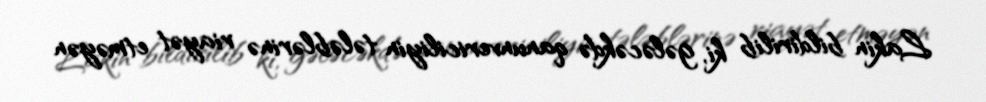
Lakin bildirilib ki, gələcəkdə qanunvericiliyin tələblərinə riayət etməyən